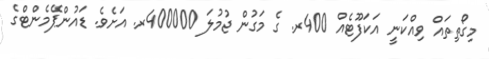
މިގޯތިތައް ވިއްކަނީ އަކަފޫޓެއް 400ރ. ގެ މަގުން ޖުމުލަ 400000ރ. އަށެވެ. ޑައުންޕޭމެންޓްގެ